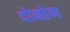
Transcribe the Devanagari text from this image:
दोनोण